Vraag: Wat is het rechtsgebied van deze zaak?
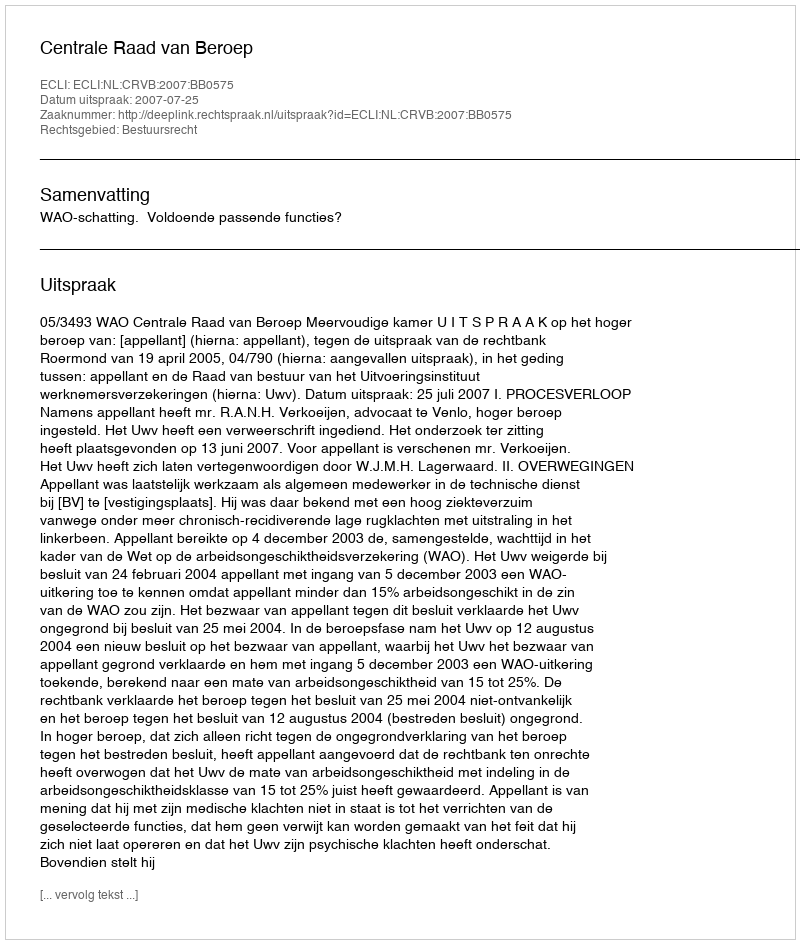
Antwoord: Bestuursrecht